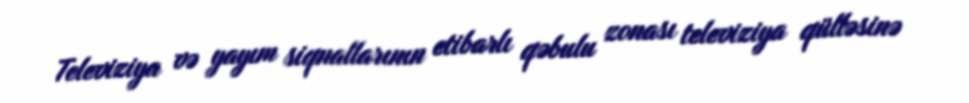
Televiziya və yayım siqnallarının etibarlı qəbulu zonası televiziya qülləsinə